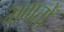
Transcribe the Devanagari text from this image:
भगतोँ